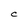
Character: C